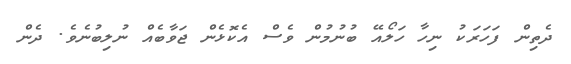
ދެތިން ފަހަރަކު ނިހާ ހަލޯއޭ ބުނުމުން ވެސް އެކޮޅެން ޖަވާބެއް ނުލިބުނެވެ. ދެން